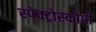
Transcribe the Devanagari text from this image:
स्‍पेक्‍ट्रोस्‍कोपी